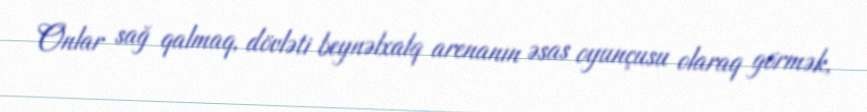
Onlar sağ qalmaq, dövləti beynəlxalq arenanın əsas oyunçusu olaraq görmək,